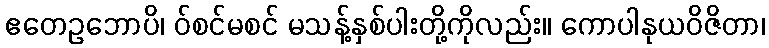
ဧတေဥဘောပိ၊ ဝ်စင်မစင် မသန့်နှစ်ပါးတို့ကိုလည်း။ ကောပါနုယဝိဇိတာ၊